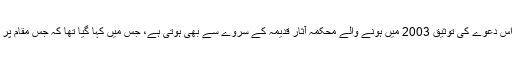
ہندوؤں کا موقف ہے کہ یہ مقام ان کے بھگوان رام کی جائے پیدائش ہے اور اس دعوے کی توثیق 2003 میں ہونے والے محکمہ آثارِ قدیمہ کے سروے سے بھی ہوتی ہے، جس میں کہا گیا تھا کہ جس مقام پر 16ویں صدی میں بابری مسجد قائم کی گئی تھی وہاں ایک مندر ہوا کرتا تھا۔